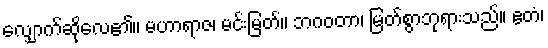
လျှောက်ဆိုလေ၏။ မဟာရာဇ၊ မင်းမြတ်။ ဘဂဝတာ၊ မြတ်စွာဘုရားသည်။ ဧတံ၊